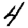
Digit: 4